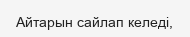
Айтарын сайлап келеді,